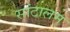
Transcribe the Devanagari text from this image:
सांटालम